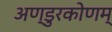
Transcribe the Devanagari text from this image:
अण्डुरकोणम्